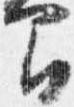
間